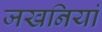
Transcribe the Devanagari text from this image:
जखनियां